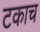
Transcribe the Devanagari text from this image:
टकाच